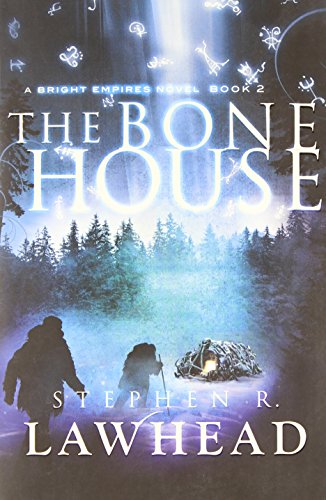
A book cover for The Bone House (Bright Empires); Stephen Lawhead; Christian Books & Bibles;